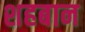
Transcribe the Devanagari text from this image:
शहबान